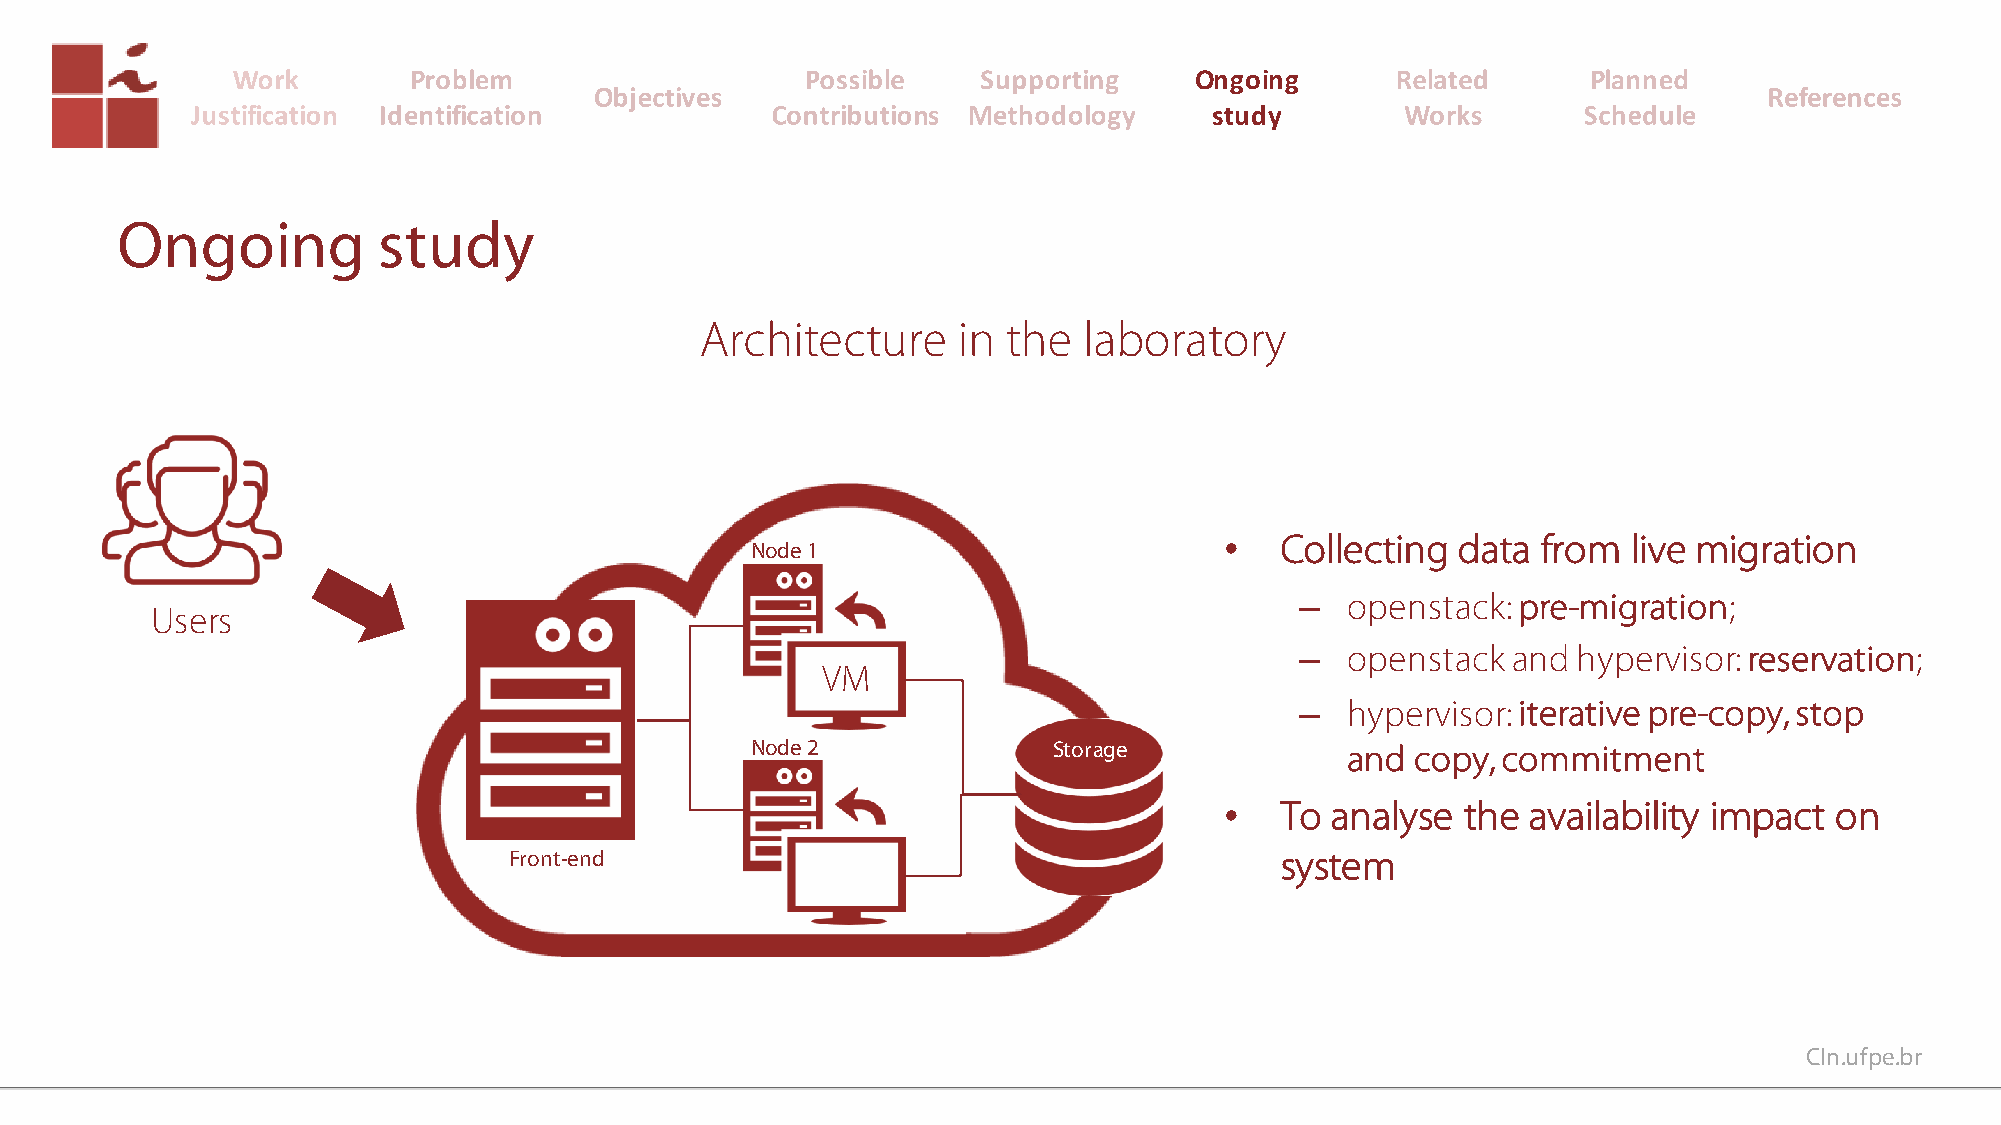
Ongoing
 study
 Ongoing          study
 Architecture     in  the  laboratory
 •   Collecting data  from  live migration
 Node 1
 –  openstack: pre-migration;
 Users
 –  openstack  and hypervisor: reservation;
 VM
 –  hypervisor: iterative pre-copy, stop
 Node 2              Storage            and  copy, commitment
 •   To analyse  the availability impact on
 Front-end                                          system
 CIn.ufpe.br